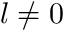
l \ne 0